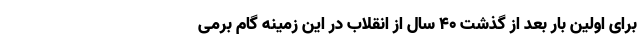
برای اولین بار بعد از گذشت ۴۰ سال از انقلاب در این زمینه گام برمی